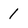
Character: 1